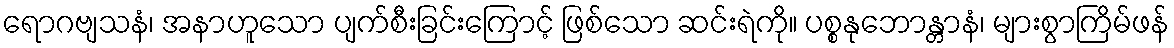
ရောဂဗျသနံ၊ အနာဟူသော ပျက်စီးခြင်းကြောင့် ဖြစ်သော ဆင်းရဲကို။ ပစ္စနုဘောန္တာနံ၊ များစွာကြိမ်ဖန်